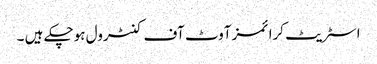
اسٹریٹ کرائمز آوٹ آف کنٹرول ہوچکے ہیں ۔